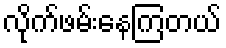
လိုက်ဖမ်းနေကြတယ်